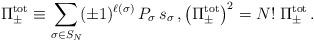
LaTeX: \begin{align*} \Pi^\mathrm{tot}_\pm \equiv \sum_{\sigma \in S_N} \! (\pm1)^{\ell(\sigma)} \, P_{\sigma} \, s_{\sigma} \, , \bigl(\Pi^\mathrm{tot}_\pm\bigr)^2 = N! \; \Pi^\mathrm{tot}_\pm \, .\end{align*}